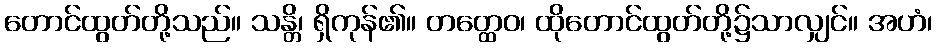
တောင်ထွတ်တို့သည်။ သန္တိ၊ ရှိကုန်၏။ တတ္ထေဝ၊ ထိုတောင်ထွတ်တို့၌သာလျှင်။ အဟံ၊